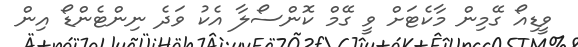
ވީޑިއޯ ގޭމިން މާކެޓަށް ވީ ގޭމް ކޮންސޯލާ އެކު ވަދެ ނިންޓެންޑޯ އިން